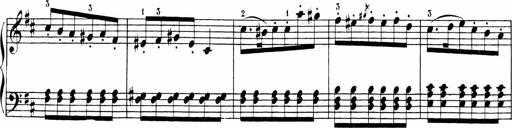
Title: 6 Sonatinas
Composer: Carl Reinecke